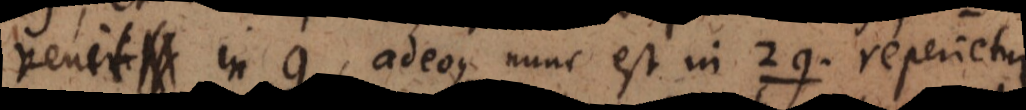
in g, adeoque nunc est in 2g, reperietur